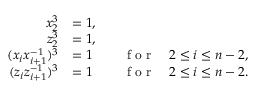
\begin{array} { r l r } { x _ { 2 } ^ { 3 } } & { = 1 , } & \\ { z _ { 2 } ^ { 3 } } & { = 1 , } & \\ { ( x _ { i } x _ { i + 1 } ^ { - 1 } ) ^ { 3 } } & { = 1 } & { \quad \textrm { f o r } \quad 2 \leq i \leq n - 2 , } \\ { ( z _ { i } z _ { i + 1 } ^ { - 1 } ) ^ { 3 } } & { = 1 } & { \quad \textrm { f o r } \quad 2 \leq i \leq n - 2 . } \end{array}